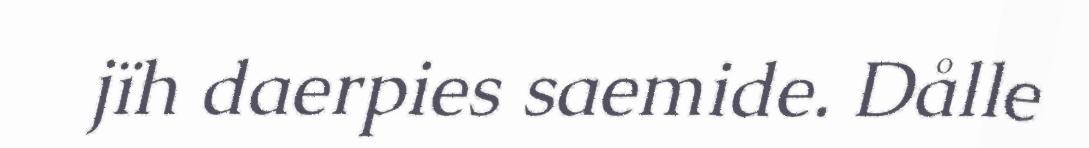
jïh daerpies saemide. Dålle